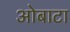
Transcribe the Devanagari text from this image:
ओबाटा